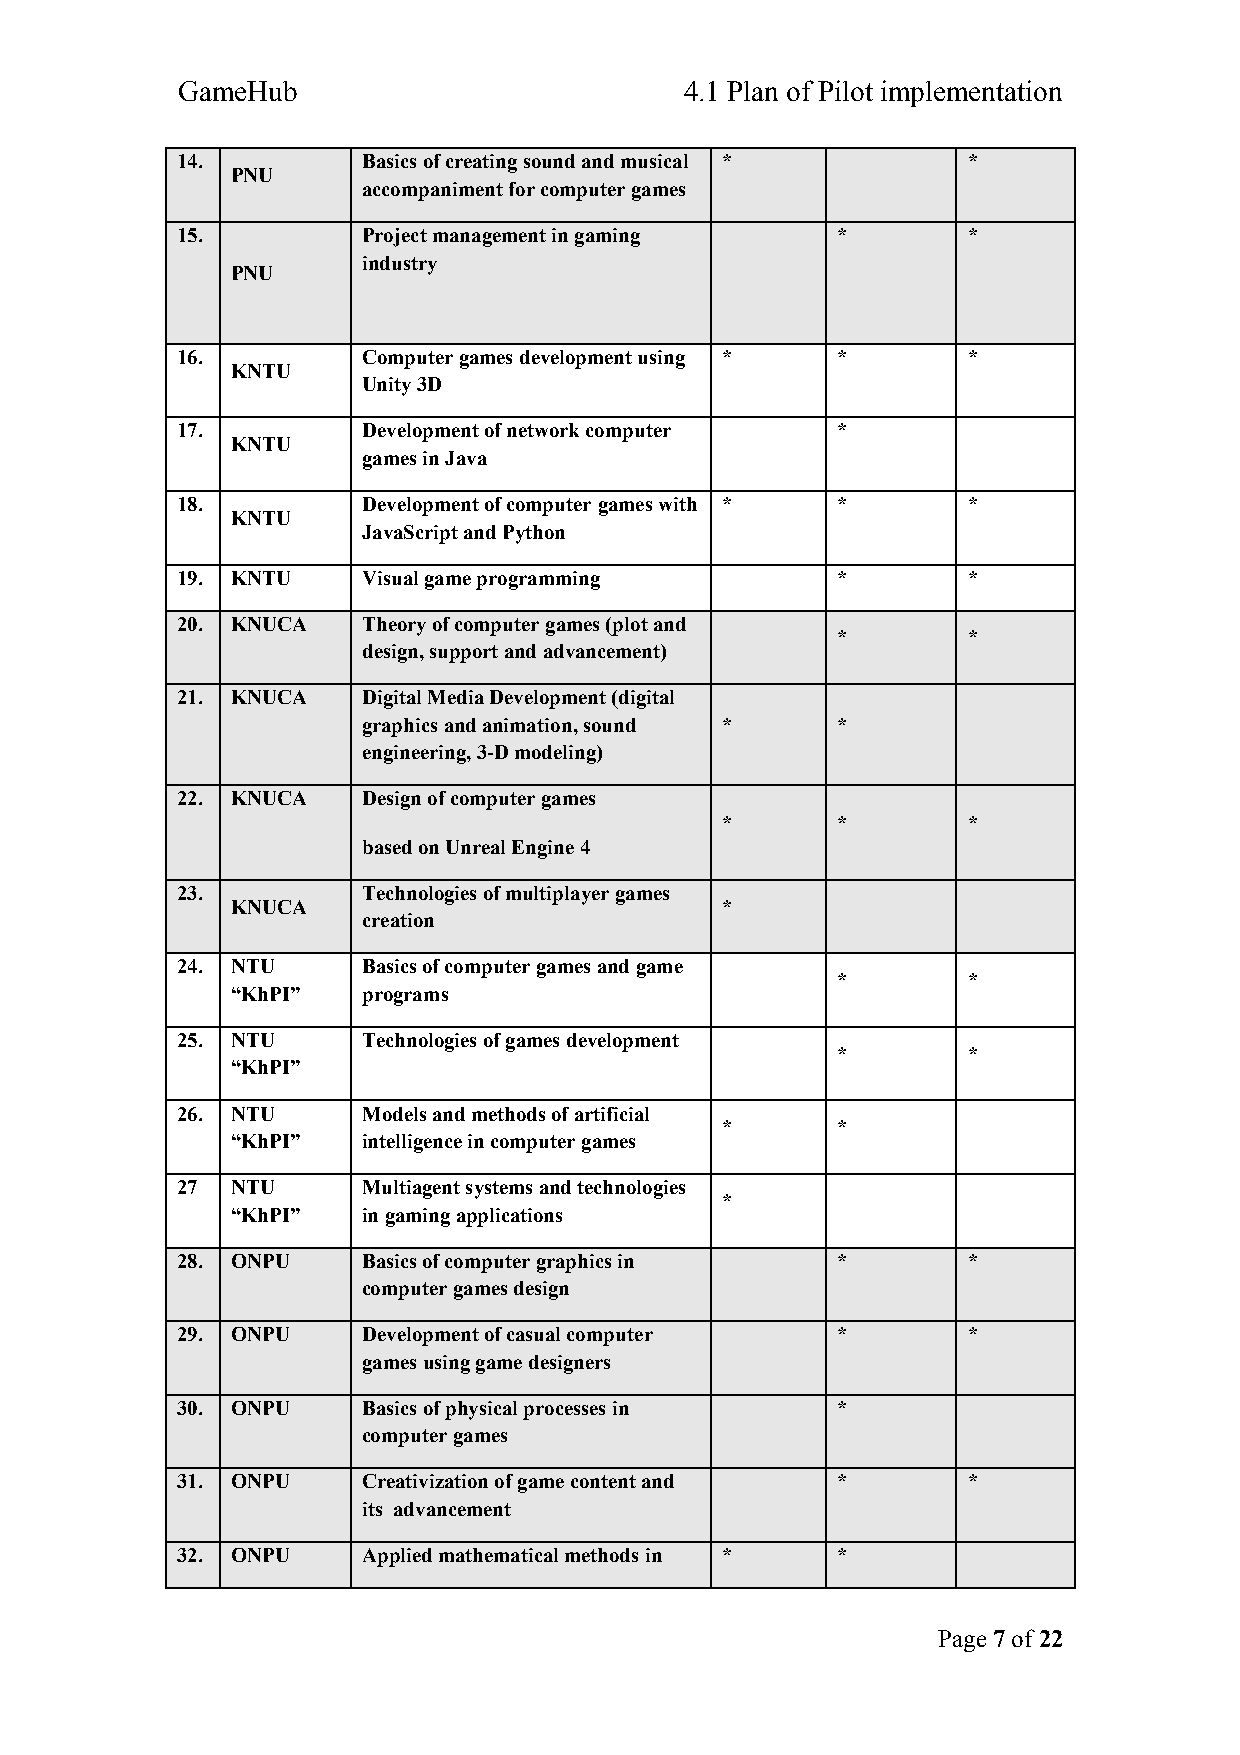
GameHub                          4.1 Plan of Pilot implementation
 14.         Basics of creating sound and musical *  *
 PNU
 accompaniment for computer games
 15.         Project management in gaming   *        *
 industry
 PNU
 16.         Computer games development using * *    *
 KNTU
 Unity 3D
 17.         Development of network computer *
 KNTU
 games in Java
 18.         Development of computer games with * *  *
 KNTU
 JavaScript and Python
 19. KNTU    Visual game programming        *        *
 20. KNUCA   Theory of computer games (plot and
 *        *
 design, support and advancement)
 21. KNUCA   Digital Media Development (digital
 graphics and animation, sound * *
 engineering, 3-D modeling)
 22. KNUCA   Design of computer games
 *      *        *
 based on Unreal Engine 4
 23.         Technologies of multiplayer games
 KNUCA                            *
 creation
 24. NTU     Basics of computer games and game
 *        *
 “KhPI”   programs
 25. NTU     Technologies of games development
 *        *
 “KhPI”
 26. NTU     Models and methods of artificial
 *      *
 “KhPI”   intelligence in computer games
 27 NTU      Multiagent systems and technologies
 *
 “KhPI”   in gaming applications
 28. ONPU    Basics of computer graphics in *        *
 computer games design
 29. ONPU    Development of casual computer *        *
 games using game designers
 30. ONPU    Basics of physical processes in *
 computer games
 31. ONPU    Creativization of game content and *    *
 its advancement
 32. ONPU    Applied mathematical methods in * *
 Page 7 of 22